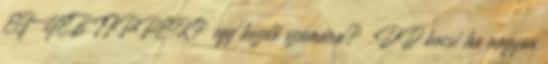
EGYÉB TIPPEK? egy kezdő számára? :DD bocsi ha nagyon